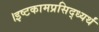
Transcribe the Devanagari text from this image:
।इष्टकामप्रसिद्ध्यर्थं